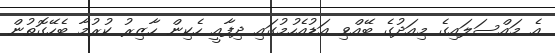
އެ މައްސަލައިގެ މިއަދުގެ ބޭއްވި އަޑުއެހުމުގައި ދިފާއީ ހެކިން ހާޒިރު ކުރުމާ ބެހޭގޮތުން